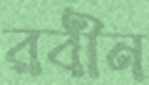
রবীন